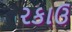
રકાઉ